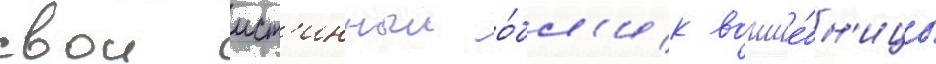
свои ист'инныи о́бл'ик волше́бн'ицы